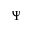
\Psi